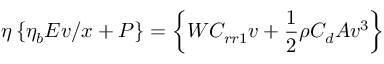
\eta \left\{ \eta _ { b } E v / x + P \right\} = \left\{ W C _ { r r 1 } v + { \frac { 1 } { 2 } } \rho C _ { d } A v ^ { 3 } \right\}